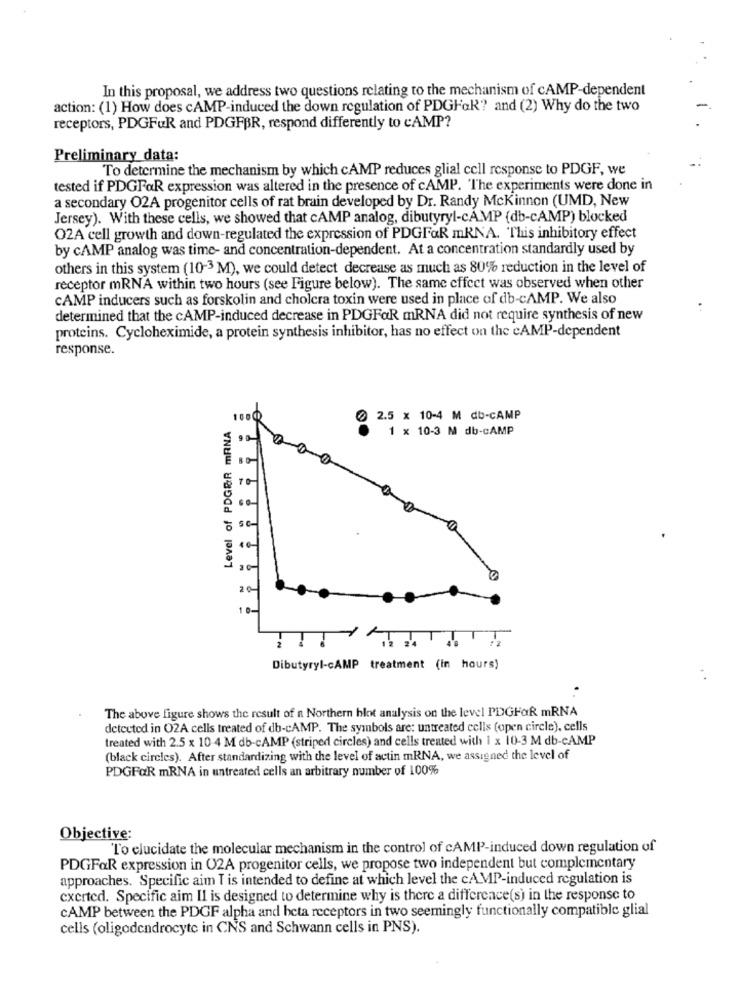
In this proposal, we address two questions relating to the mechanism of cAMP-dependent
action: (1) How does cAMP-induced the down regulation of PDGHak? and (2) Why do the two
receptors, PDGFUR and PDGFBR, respond differently to CAMP?
Preliminary data:
To determine the mechanism by which CAMP reduces glial cell response to PDGF, we
tested if PDGFaR expression was altered in the presence of cAMP. "The experiments were done in
a secondary O2A progenitor cells of rat brain developed by Dr. Randy Mckinnon (UMD, New
Jersey). With these cells, we showed that CAMP analog, dibutyryl-cAMP (db-cAMP) blocked
O2A cell growth and down-regulated the expression of PDGFaR mRNA. This inhibitory effect
by cAMP analog was time- and concentration-dependent. At a concentration standardly used by
others in this system (10-3 M), we could detect decrease as much as 80% reduction in the level of
receptor mRNA within two hours (see Figure below). The same effect was observed when other
CAMP inducers such as forskolin and cholera toxin were used in place of db-cAMP. We also
determined that the cAMP-induced decrease in PDGFaR mRNA did not require synthesis of new
proteins. Cycloheximide, a protein synthesis inhibitor, has no effect on the cAMP-dependent
response.
Level of PDGER mRNA
1000
0 2.5 x 10-4 M db-CAMP
1 x 10-3 M db-CAMP
Dibutyryl-CAMP treatment (in hours)
The above figure shows the result of a Northern blot analysis on the level PDGFak mRNA
detected in 02A cells treated of db-cAMP. The symbols are: untreated cells (open circle), cells
treated with 2.5 x 10 4 M db-cAMP (striped circles) and cells treated with I x 10-3 M db-CAMP
(black circles). After standardizing with the level of actin mRNA, we assigned the level of
PDGFOR mRNA in untreated cells an arbitrary number of 100%
Objective:
To elucidate the molecular mechanism in the control of cAMP-induced down regulation of
PDGFOR expression in 02A progenitor cells, we propose two independent but complementary
approaches. Specific aim T is intended to define at which level the cAMP-induced regulation is
exerted. Specific aim Il is designed to determine why is there a difference(s) in the response to
CAMP between the PDGF alpha and beta receptors in two seemingly functionally compatible glial
cells (oligodendrocyte in CNS and Schwann cells in PNS).